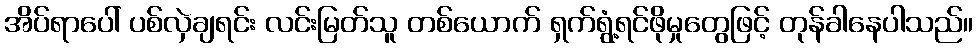
အိပ်ရာပေါ် ပစ်လှဲချရင်း လင်းမြတ်သူ တစ်ယောက် ရှက်ရွံ့ရင်ဖိုမှုတွေဖြင့် တုန်ခါနေပါသည်။